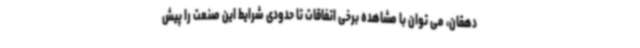
دهقان، می توان با مشاهده برخی اتفاقات تا حدودی شرایط این صنعت را پیش